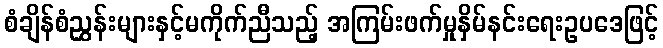
စံချိန်စံညွှန်းများနှင့်မကိုက်ညီသည့် အကြမ်းဖက်မှုနှိမ်နင်းရေးဥပဒေဖြင့်